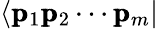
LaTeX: \langle\pmb{\mathrm{p}}_{1}\pmb{\mathrm{p}}_{2}\cdots\pmb{\mathrm{p}}_{m}|